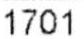
1701